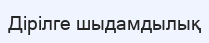
Дірілге шыдамдылық